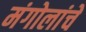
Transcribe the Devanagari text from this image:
मंगोलांचे